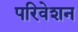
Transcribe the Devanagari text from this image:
परिवेशन